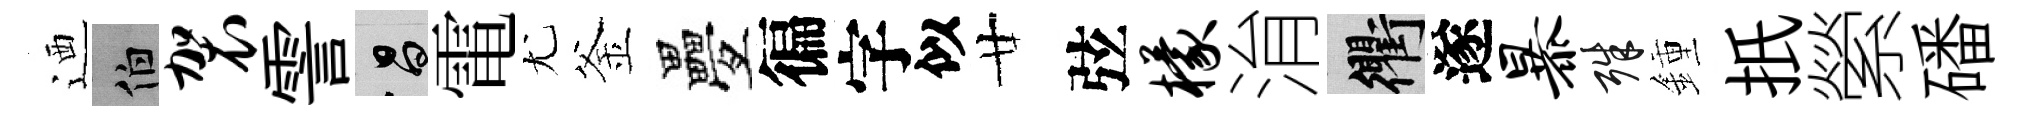
迺伯袈霅昌電尤釜疊徧字似廿弦檬㳙衢遂暴殊鍾扺縈磻